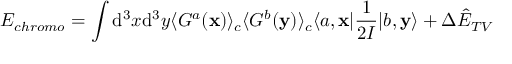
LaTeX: E _ { c h r o m o } = \int \mathrm { d } ^ { 3 } x \mathrm { d } ^ { 3 } y \langle { \cal G } ^ { a } ( { \bf x } ) \rangle _ { c } \langle { \cal G } ^ { b } ( { \bf y } ) \rangle _ { c } \langle a , { \bf x } | \frac { 1 } { 2 { \cal I } } | b , { \bf y } \rangle + \Delta { \hat { E } } _ { T V }